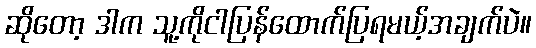
ဆိုတော့ ဒါက သူ့ကိုငါပြန်ထောက်ပြရမယ့်အချက်ပဲ။